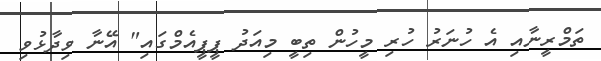
ތަމްރީނާއި އެ ހުނަރު ހުރި މީހުން ތިބީ މިއަދު ޕީޕީއެމްގައި" އޭނާ ވިދާޅުވި